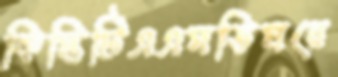
কিস্তিটিএএমডিঘরে